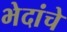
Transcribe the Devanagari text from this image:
भेदांचे